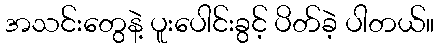
အသင်းတွေနဲ့ ပူးပေါင်းခွင့် ပိတ်ခဲ့ ပါတယ်။